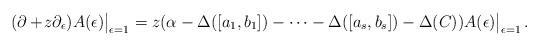
LaTeX: \begin{align*}(\partial+\!z\partial_\epsilon)A(\epsilon)\big|_{\epsilon=1}=z(\alpha-\Delta([a_1,b_1])-\dots-\Delta([a_s,b_s])-\Delta(C))A(\epsilon)\big|_{\epsilon=1}\,.\end{align*}